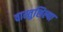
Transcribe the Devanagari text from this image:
वास्तुशिल्पा